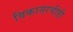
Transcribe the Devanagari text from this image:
विकासाचीही